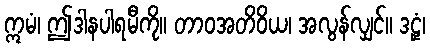
ဣမံ၊ ဤဒါနပါရမီကို။ တာဝအတိဝိယ၊ အလွန်လျှင်။ ဒဠှံ၊